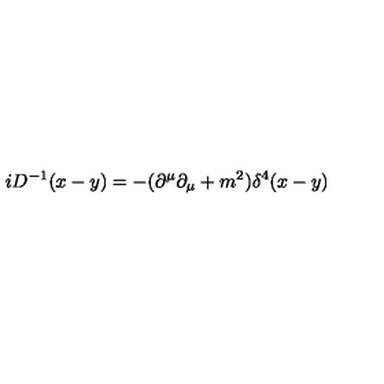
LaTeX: i D ^ { - 1 } ( x - y ) = - { ( \partial ^ { \mu } \partial _ { \mu } + m ^ { 2 } ) } { \delta ^ { 4 } ( x - y ) }